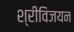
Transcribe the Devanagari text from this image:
श्रीविजयन